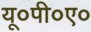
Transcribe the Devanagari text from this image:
यू०पी०ए०